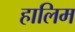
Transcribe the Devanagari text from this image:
हालिम